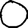
Digit: 0